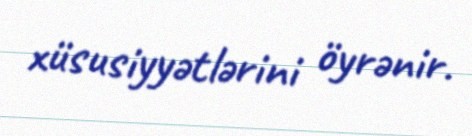
xüsusiyyətlərini öyrənir.